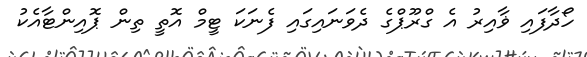
ހޯދާފައި ޥާއިރު އެ ގްރޫޕްގެ ދެވަނައިގައި ފެނަކަ ޓީމް އޮތީ ތިން ޕޮއިންޓާއެކު